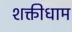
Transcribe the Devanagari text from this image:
शक्तीधाम